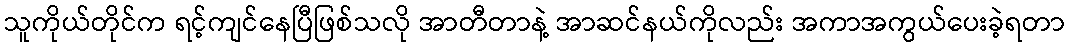
သူကိုယ်တိုင်က ရင့်ကျင်နေပြီဖြစ်သလို အာတီတာနဲ့ အာဆင်နယ်ကိုလည်း အကာအကွယ်ပေးခဲ့ရတာ